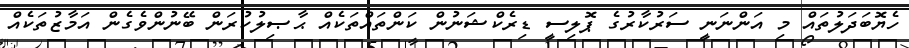
ހެޔޮބަދަލުތައް މި އަންނަނީ ސަރުކާރުގެ ޕޮލިސީ ޑިރެކްޝަނުން ކަންތައްތަކެއް ޙާޞިލުކުރަން ބޭނުންވެގެން އަމާޒުތަކެއް